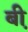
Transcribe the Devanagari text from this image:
बी़